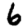
Digit: 6